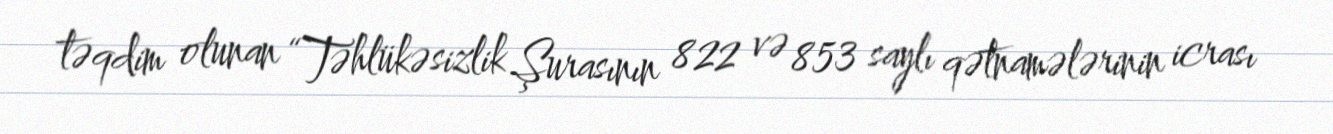
təqdim olunan “Təhlükəsizlik Şurasının 822 və 853 saylı qətnamələrinin icrası